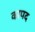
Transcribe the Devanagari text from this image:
कापद